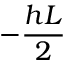
- \frac { h L } { 2 }